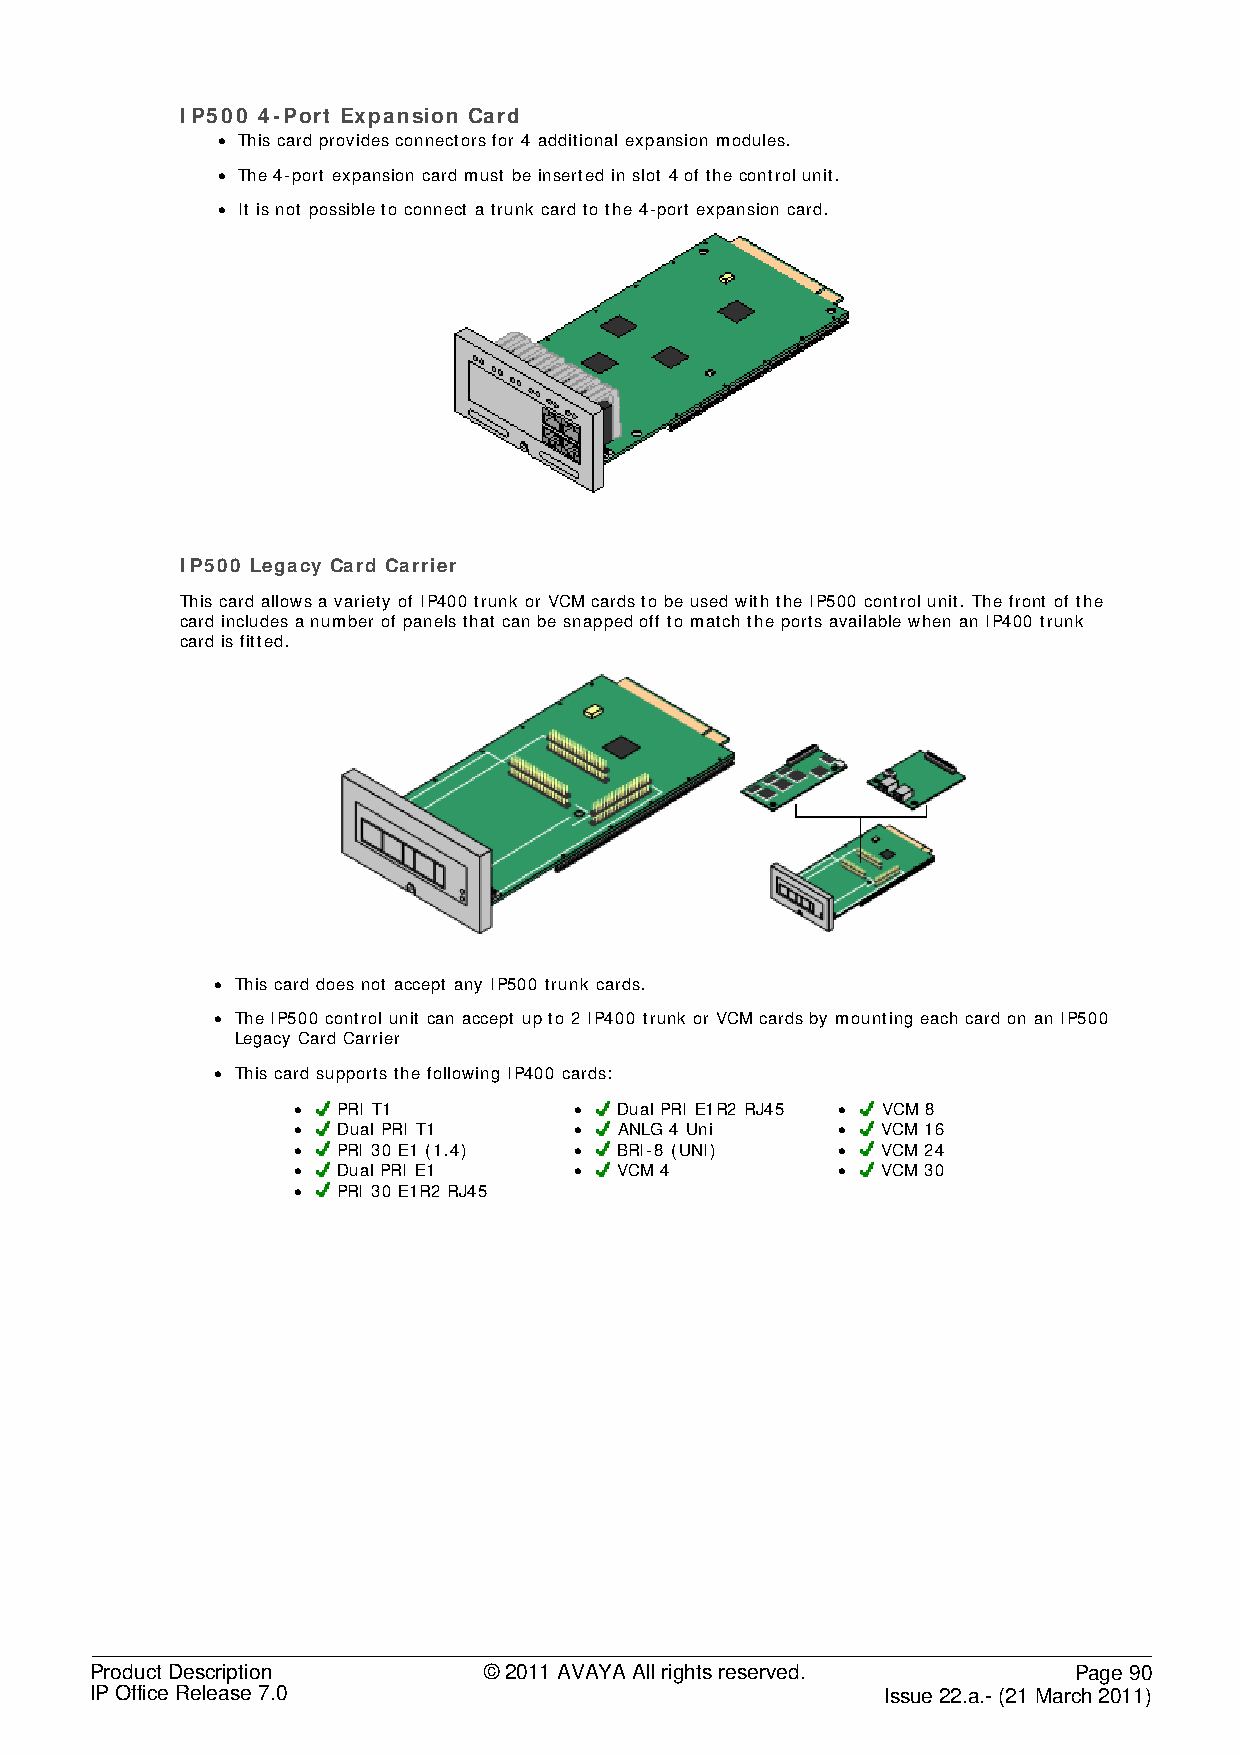
IP500 4-Port Expansion Card
 • This card provides connectors for 4 additional expansion modules.
 • The 4-port expansion card must be inserted in slot 4 of the control unit.
 • It is not possible to connect a trunk card to the 4-port expansion card.
 IP500 Legacy Card Carrier
 This card allows a variety of IP400 trunk or VCM cards to be used with the IP500 control unit. The front of the
 card includes a number of panels that can be snapped off to match the ports available when an IP400 trunk
 card is fitted.
 • This card does not accept any IP500 trunk cards.
 • The IP500 control unit can accept up to 2 IP400 trunk or VCM cards by mounting each card on an IP500
 Legacy Card Carrier
 • This card supports the following IP400 cards:
 •  PRI T1          •  Dual PRI E1R2 RJ45 • VCM 8
 •  Dual PRI T1     •  ANLG 4 Uni    •  VCM 16
 •  PRI 30 E1 (1.4) •  BRI-8 (UNI)   •  VCM 24
 •  Dual PRI E1     •  VCM 4         •  VCM 30
 •  PRI 30 E1R2 RJ45
 Product Description       © 2011 AVAYA All rights reserved.      Page 90
 IP Office Release 7.0                                Issue 22.a.- (21 March 2011)